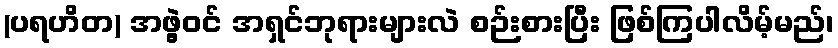
(ပရဟိတ) အဖွဲ့ဝင် အရှင်ဘုရားများလဲ စဉ်းစားပြီး ဖြစ်ကြပါလိမ့်မည်၊